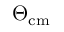
\Theta _ { \mathrm { c m } }